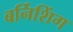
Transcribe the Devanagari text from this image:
बर्निशिंग